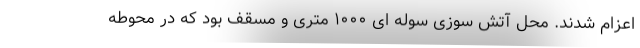
اعزام شدند. محل آتش سوزی سوله ای ١٠٠٠ متری و مسقف بود که در محوطه